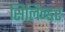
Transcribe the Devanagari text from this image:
सिलिन्डर